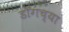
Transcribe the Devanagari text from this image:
डाँगच्या